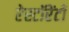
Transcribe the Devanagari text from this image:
रेस्टॉरेंटों